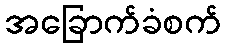
အခြောက်ခံစက်